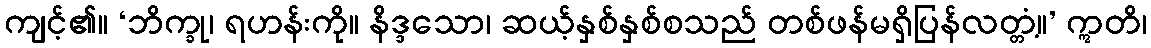
ကျင့်၏။ ‘ဘိက္ခု၊ ရဟန်းကို။ နိဒ္ဒသော၊ ဆယ့်နှစ်နှစ်စသည် တစ်ဖန်မရှိပြန်လတ္တံ့။’ ဣတိ၊